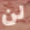
لن